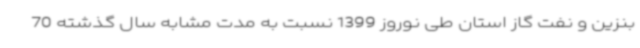
بنزین و نفت گاز استان طی نوروز 1399 نسبت به مدت مشابه سال گذشته 70